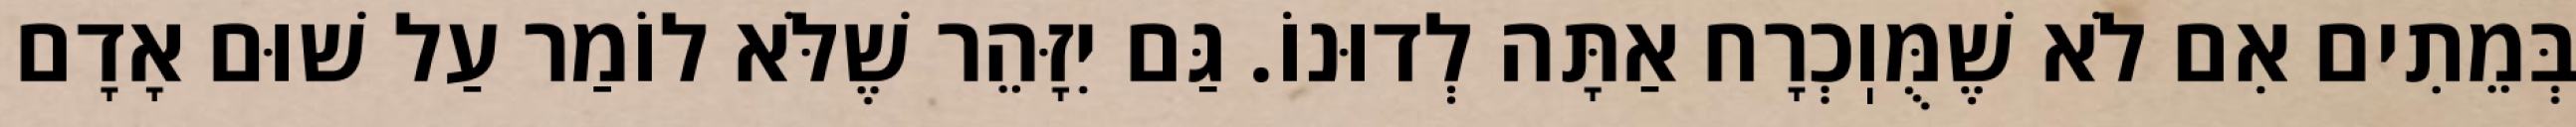
בְּמֵתִים אִם לֹא שֶׁמֻּוֽכְרָח אַתָּה לְדוּנוֹ. גַּם יִזָּהֵר שֶׁלֹּא לוֹמַר עַל שׁוּם אָדָם